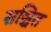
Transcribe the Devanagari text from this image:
सञ्चित